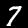
Label: 7